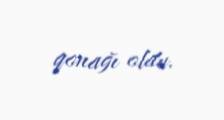
qonağı oldu.